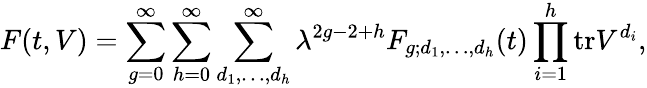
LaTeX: F(t,V)=\sum_{g=0}^{\infty}\sum_{h=0}^{\infty}\sum_{d_{1},\ldots,d_{h}}^{\infty}\lambda^{2g-2+h}F_{g;d_{1},\ldots,d_{h}}(t)\prod_{i=1}^{h}\mathrm{tr}V^{d_{i}},